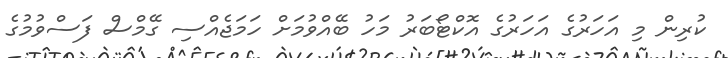
ކުރިން މި އަހަރުގެ އަހަރުގެ އޮކްޓޯބަރު މަހު ބޭއްވުމަށް ހަމަޖެއްސި ގޭމްސް ފަސްވުމުގެ